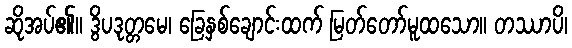
ဆိုအပ်၏။ ဒွိပဒုတ္တမေ၊ ခြေနှစ်ချောင်းထက် မြတ်တော်မူထသော။ တဿာပိ၊